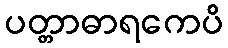
ပတ္တာဓာရကေပိ